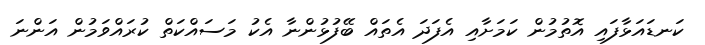
ކަނޑައަޅާފައި އޮތުމުން ކަމަށާއި އެފަދަ އެތައް ބޭފުޅުންނާ އެކު މަސައްކަތް ކުރައްވަމުން އަންނަ